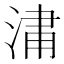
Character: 𣷈